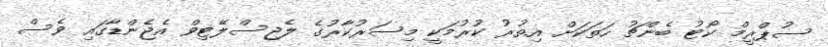
ސުޕްރީމް ކޯޓު ބެންޗު ހަތަކަށް އިތުރު ކުރުމަކީ މިސަރުކާރުގެ ލެޖިސްލޭޓިވް އެޖެންޑާގައި ވެސް